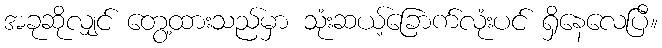
အခုဆိုလျှင် တွေ့ထားသည်မှာ သုံးဆယ့်ခြောက်လုံးပင် ရှိနေလေပြီ။